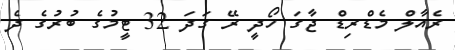
ރެއާލް މެޑްރިޑް ޖާގަ ހޯދީ ރޭ ގަދަ 32 ޓީމުގެ ބުރުގެ ދެ